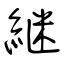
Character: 継